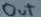
Text: out